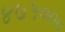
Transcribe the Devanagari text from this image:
४७५०००